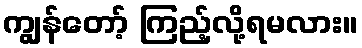
ကျွန်တော့် ကြည့်လို့ရမလား။